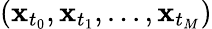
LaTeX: (\mathbf{x}_{t_{0}},\mathbf{x}_{t_{1}},...,\mathbf{x}_{t_{M}})